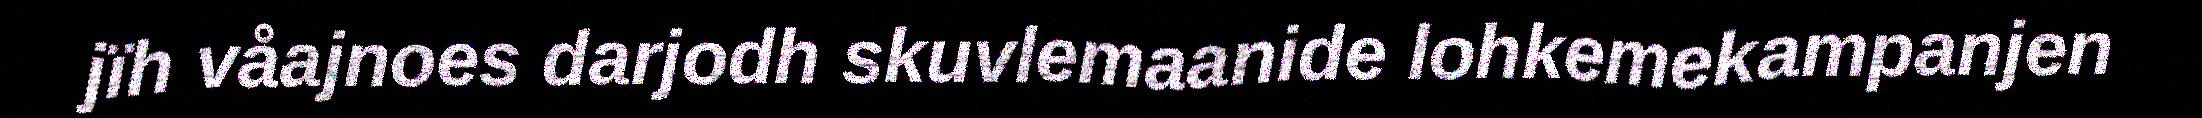
jïh våajnoes darjodh skuvlemaanide lohkemekampanjen